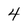
Character: 4